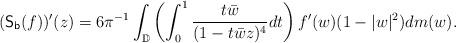
LaTeX: \begin{align*}(\mathsf{S_b}(f))'(z)=6\pi^{-1}\int_{\mathbb{D}}\left(\int_{0}^{1}\frac{t\bar{w}}{(1-t\bar{w}z)^{4}}dt\right)f'(w)(1-|w|^{2})dm(w).\end{align*}